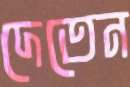
দেতেন